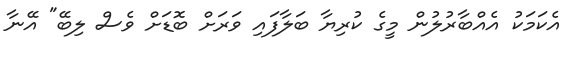
އެކަމަކު އެއްބާރުލުން މީގެ ކުރިޔާ ބަލާފައި ވަރަށް ބޮޑަށް ވެސް ލިބޭ" އޭނާ